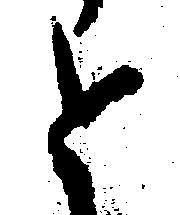
と